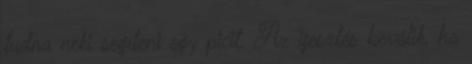
tudna neki segíteni egy picit. Az ijesztés beválik, ha